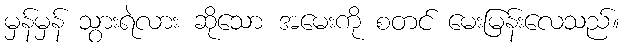
မှန်မှန် သွားရဲလား ဆိုသော အမေးကို စတင် မေးမြန်းလေသည်။